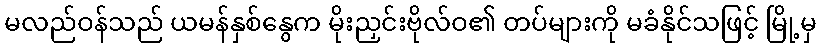
မလည်ဝန်သည် ယမန်နှစ်နွေက မိုးညှင်းဗိုလ်ဝ၏ တပ်များကို မခံနိုင်သဖြင့် မြို့မှ